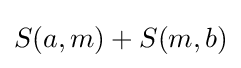
S(a,m)+S(m,b)